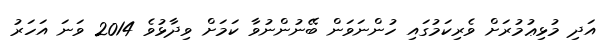
އަދި މުޅިޢުމުރަށް ވެރިކަމުގައި ހުންނަވަން ބޭނުންނުވާ ކަމަށް ވިދާޅުވެ 2014 ވަނަ އަހަރު